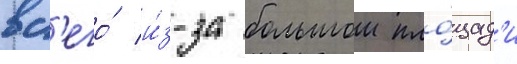
вс'его́ и́з-за большои пло́щад'и